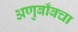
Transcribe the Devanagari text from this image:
अणुबाँबचा